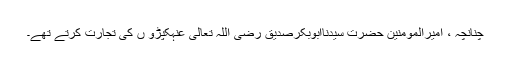
چنانچہ ، امیرالمؤمنین حضرت سیِّدُناابوبکرصدّیق رَضِیَ اللّٰہُ تَعَالٰی عَنْہکپڑو ں کی تجارت کرتے تھے۔